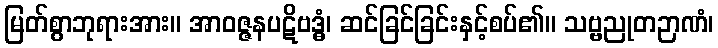
မြတ်စွာဘုရားအား။ အာဝဇ္ဇနပဋိဗဒ္ဓံ၊ ဆင်ခြင်ခြင်းနှင့်စပ်၏။ သဗ္ဗညုတဉာဏံ၊